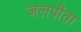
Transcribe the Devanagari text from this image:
जलपीता